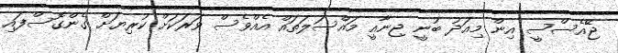
ޖޭއެސްސީ އިން މިއަދު ބުނީ ޖިނާއީ މައްސަލަތައް އެއްވެސް ވަރަކަށް ކުރިޔަށް ގެންގޮސްފައި